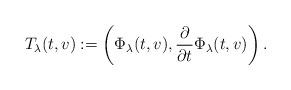
LaTeX: \begin{align*} T_\lambda(t,v) := \left( \Phi_\lambda(t,v), \frac \partial{\partial t} \Phi_\lambda(t,v) \right).\end{align*}